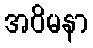
အဝိမနာ